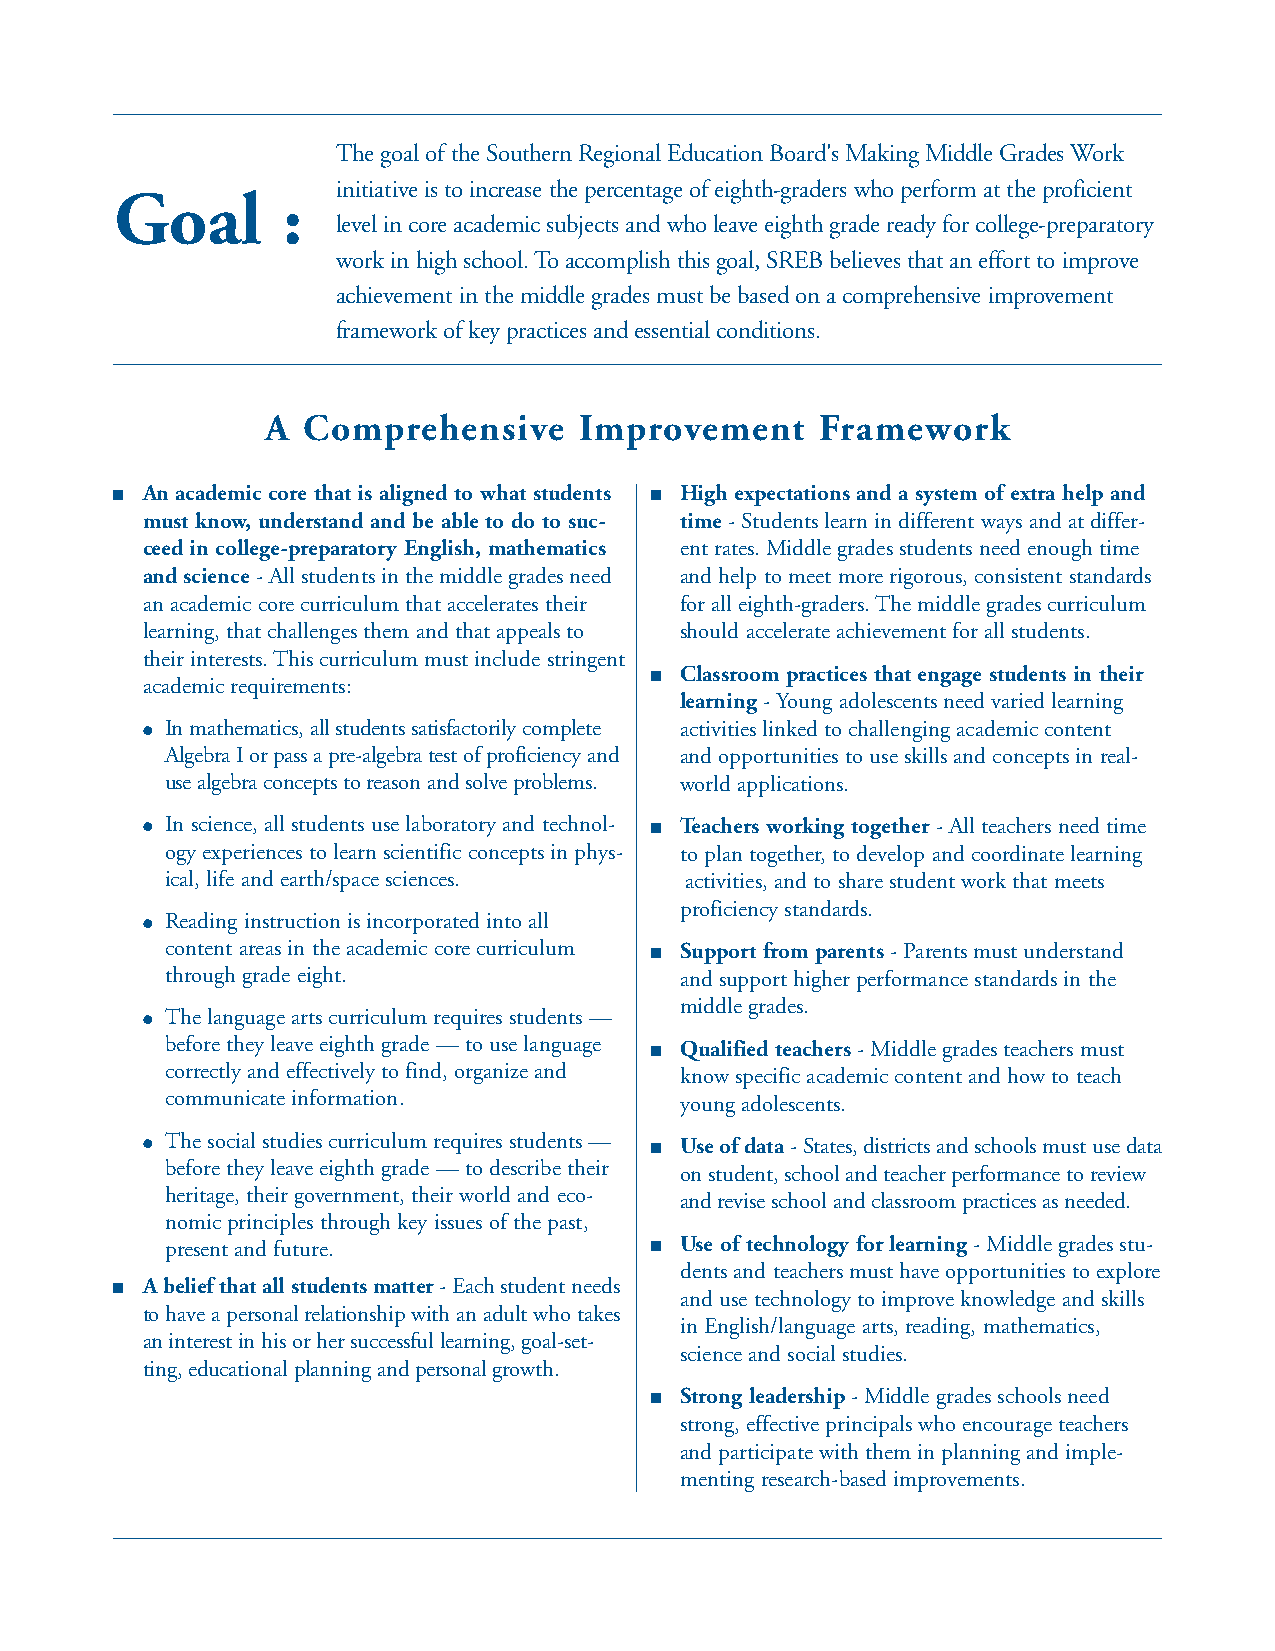
The goal of the Southern Regional Education Board's Making Middle Grades Work
 initiative is to increase the percentage of eighth-graders who perform at the proficient
 Goal       :
 level in core academic subjects and who leave eighth grade ready for college-preparatory
 work in high school. To accomplish this goal, SREB believes that an effort to improve
 achievement in the middle grades must be based on a comprehensive improvement
 framework of key practices and essential conditions.
 A Comprehensive     Improvement     Framework
 ■ An academic core that is aligned to what students ■ High expectations and a system of extra help and
 must know, understand and be able to do to suc- time - Students learn in different ways and at differ-
 ceed in college-preparatory English, mathematics ent rates. Middle grades students need enough time
 and science - All students in the middle grades need and help to meet more rigorous, consistent standards
 an academic core curriculum that accelerates their for all eighth-graders. The middle grades curriculum
 learning, that challenges them and that appeals to should accelerate achievement for all students.
 their interests. This curriculum must include stringent
 ■ Classroom practices that engage students in their
 academic requirements:
 learning - Young adolescents need varied learning
 ● In mathematics, all students satisfactorily complete activities linked to challenging academic content
 Algebra I or pass a pre-algebra test of proficiency and and opportunities to use skills and concepts in real-
 use algebra concepts to reason and solve problems. world applications.
 ● In science, all students use laboratory and technol- ■ Teachers working together - All teachers need time
 ogy experiences to learn scientific concepts in phys- to plan together, to develop and coordinate learning
 ical, life and earth/space sciences. activities, and to share student work that meets
 proficiency standards.
 ● Reading instruction is incorporated into all
 content areas in the academic core curriculum ■ Support from parents - Parents must understand
 through grade eight.              and support higher performance standards in the
 middle grades.
 ● The language arts curriculum requires students —
 before they leave eighth grade — to use language ■ Qualified teachers - Middle grades teachers must
 correctly and effectively to find, organize and know specific academic content and how to teach
 communicate information.          young adolescents.
 ● The social studies curriculum requires students — ■ Use of data- States, districts and schools must use data
 before they leave eighth grade — to describe their on student, school and teacher performance to review
 heritage, their government, their world and eco-
 and revise school and classroom practices as needed.
 nomic principles through key issues of the past,
 present and future.             ■ Use of technology for learning - Middle grades stu-
 dents and teachers must have opportunities to explore
 ■ A belief that all students matter- Each student needs
 and use technology to improve knowledge and skills
 to have a personal relationship with an adult who takes
 in English/language arts, reading, mathematics,
 an interest in his or her successful learning, goal-set-
 science and social studies.
 ting, educational planning and personal growth.
 ■ Strong leadership - Middle grades schools need
 strong, effective principals who encourage teachers
 and participate with them in planning and imple-
 menting research-based improvements.